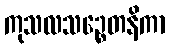
ကုသလသဉ္စေတနိကာ